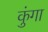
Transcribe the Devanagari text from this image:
कुंगा